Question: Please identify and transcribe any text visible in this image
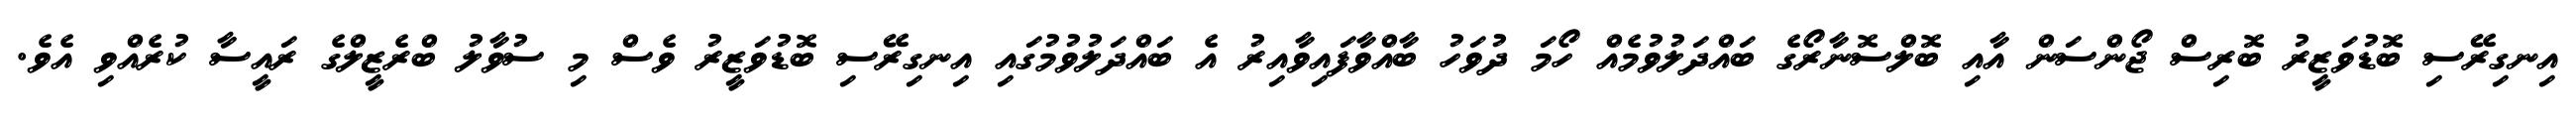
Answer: އިނގިރޭސި ބޮޑުވަޒީރު ބޮރިސް ޖޯންސަން އާއި ބޮލްސޮނާރޯގެ ބައްދަލުވުމެއް ހޯމަ ދުވަހު ބާއްވާފައިވާއިރު އެ ބައްދަލުވުމުގައި އިނގިރޭސި ބޮޑުވަޒީރު ވެސް މި ސުވާލު ބްރެޒީލްގެ ރައީސާ ކުރެއްވި އެވެ.